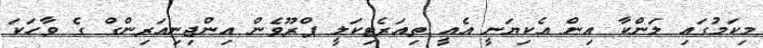
މިކަމުގައި ލަންކާ އިން އެކިޔަނީ އެއީ ތިއަރެޓިކަލީ ޕްރޫވެން އިންޖިނިއަރިންގް ގެ ވާހަކަ